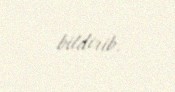
bildirib.